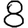
Digit: 8